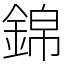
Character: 錦